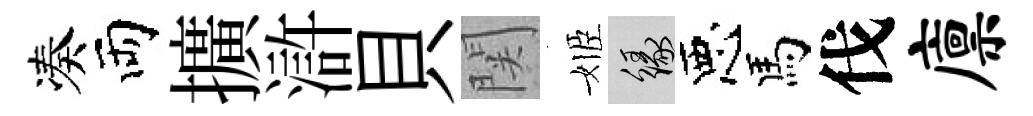
凑両擴滸貝関姬緣惡馬伐廪